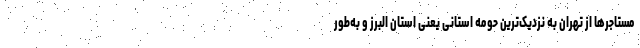
مستاجرها از تهران به نزدیک‌ترین حومه استانی یعنی استان البرز و به‌طور